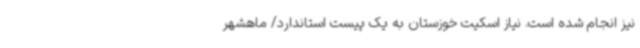
نیز انجام شده است. نیاز اسکیت خوزستان به یک پیست استاندارد/ ماهشهر